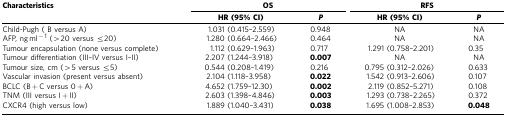
<table><thead><tr><td><b>Characteristics</b></td><td colspan="2"><b>OS</b></td><td colspan="2"><b>RFS</b></td></tr><tr><td>[EMPTY_CELL]</td><td><b>HR (95% CI)</b></td><td><b><i>P</i></b></td><td><b>HR (95% CI)</b></td><td><b><i>P</i></b></td></tr></thead><tbody><tr><td>Child-Pugh ( B versus A)</td><td>1.031 (0.415–2.559)</td><td>0.948</td><td>NA</td><td>NA</td></tr><tr><td>AFP, ng ml<sup>−1</sup> (&gt;20 versus ≤20)</td><td>1.280 (0.664–2.466)</td><td>0.464</td><td>NA</td><td>NA</td></tr><tr><td>Tumour encapsulation (none versus complete)</td><td>1.112 (0.629–1.963)</td><td>0.717</td><td>1.291 (0.758–2.201)</td><td>0.35</td></tr><tr><td>Tumour differentiation (III–IV versus I–II)</td><td>2.207 (1.244–3.918)</td><td><b>0.007</b></td><td>NA</td><td>NA</td></tr><tr><td>Tumour size, cm (&gt;5 versus ≤5)</td><td>0.544 (0.208–1.419)</td><td>0.216</td><td>0.795 (0.312–2.026)</td><td>0.633</td></tr><tr><td>Vascular invasion (present versus absent)</td><td>2.104 (1.118–3.958)</td><td><b>0.022</b></td><td>1.542 (0.913–2.606)</td><td>0.107</td></tr><tr><td>BCLC (B+C versus 0+A)</td><td>4.652 (1.759–12.30)</td><td><b>0.002</b></td><td>2.119 (0.852–5.271)</td><td>0.108</td></tr><tr><td>TNM (III versus I+II)</td><td>2.603 (1.398–4.846)</td><td><b>0.003</b></td><td>1.293 (0.738–2.265)</td><td>0.372</td></tr><tr><td>CXCR4 (high versus low)</td><td>1.889 (1.040–3.431)</td><td><b>0.038</b></td><td>1.695 (1.008–2.853)</td><td><b>0.048</b></td></tr></tbody></table>